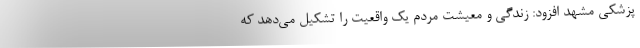
پزشکی مشهد افزود: زندگی و معیشت مردم یک واقعیت را تشکیل می‌دهد که